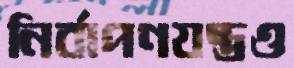
নির্বাপণযন্ত্রও